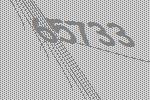
65733